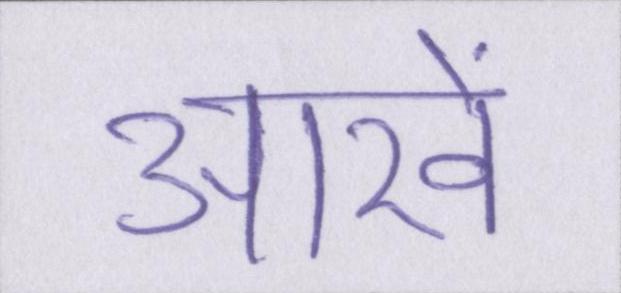
आखें